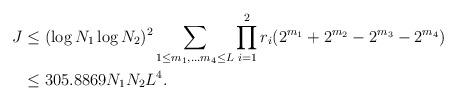
LaTeX: \begin{align*}J&\leq (\log N_{1}\log N_{2})^{2}\sum\limits_{1\leq m_{1},\ldots m_{4}\leq L}\prod\limits_{i=1}^{2}r_{i}(2^{m_{1}}+2^{m_{2}}-2^{m_{3}}-2^{m_{4}})\\&\leq 305.8869N_{1}N_{2}L^{4}.\end{align*}